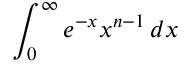
\int _ { 0 } ^ { \infty } e ^ { - x } x ^ { n - 1 } \, d x